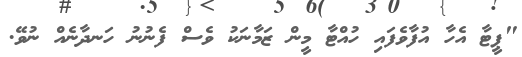
"ޕީޓާ އެހާ އުފާވެފައި ހުއްޓާ މީން ޒަމާނަކު ވެސް ފެނުނު ހަނދާނެއް ނުވޭ.